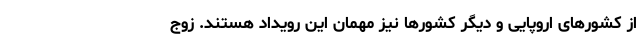
از کشورهای اروپایی و دیگر کشورها نیز مهمان این رویداد هستند. زوج